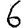
Digit: 6